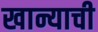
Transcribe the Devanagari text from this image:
खान्याची